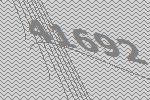
41692